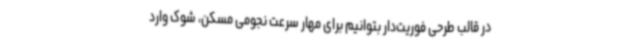
در قالب طرحی فوریت‌دار بتوانیم برای مهار سرعت نجومی مسکن، شوک وارد